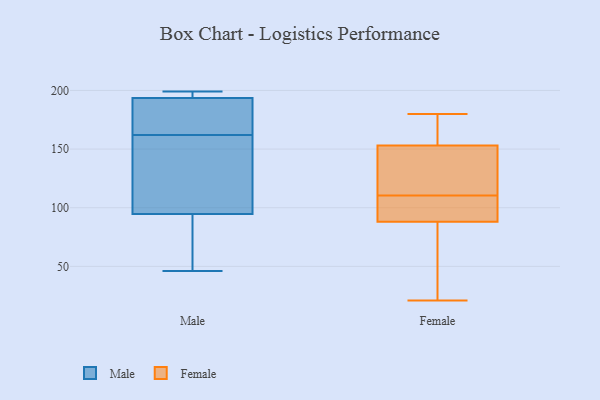
{"axis": {"x": "Energy Usage (MWh)", "y": "Value"}, "legend": ["Female", "Male"], "data": [{"x": "", "y": 197, "type": "Male"}, {"x": "", "y": 183, "type": "Male"}, {"x": "", "y": 162, "type": "Male"}, {"x": "", "y": 189, "type": "Male"}, {"x": "", "y": 112, "type": "Male"}, {"x": "", "y": 89, "type": "Male"}, {"x": "", "y": 157, "type": "Male"}, {"x": "", "y": 195, "type": "Male"}, {"x": "", "y": 46, "type": "Male"}, {"x": "", "y": 199, "type": "Male"}, {"x": "", "y": 68, "type": "Male"}, {"x": "", "y": 87, "type": "Female"}, {"x": "", "y": 21, "type": "Female"}, {"x": "", "y": 153, "type": "Female"}, {"x": "", "y": 140, "type": "Female"}, {"x": "", "y": 119, "type": "Female"}, {"x": "", "y": 61, "type": "Female"}, {"x": "", "y": 71, "type": "Female"}, {"x": "", "y": 102, "type": "Female"}, {"x": "", "y": 172, "type": "Female"}, {"x": "", "y": 133, "type": "Female"}, {"x": "", "y": 158, "type": "Female"}, {"x": "", "y": 176, "type": "Female"}, {"x": "", "y": 94, "type": "Female"}, {"x": "", "y": 180, "type": "Female"}, {"x": "", "y": 90, "type": "Female"}, {"x": "", "y": 99, "type": "Female"}, {"x": "", "y": 88, "type": "Female"}, {"x": "", "y": 134, "type": "Female"}]}